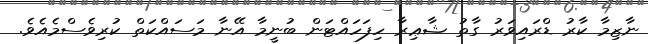
ނާޒިމާ ކާރު ޑްރައިވަރު ގާތު ޝާޢިރާ ހިފަހައްޓަން ބުނީމާ އޭނާ މަސައްކަތް ކުރިވެސްމެއެވެ.